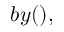
b y ( ) ,